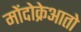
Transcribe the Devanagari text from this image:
मोंदोक्रेआतो